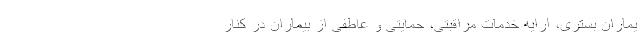
یماران بستری، ارایه خدمات مراقبتی، حمایتی و عاطفی از بیماران در کنار